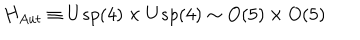
LaTeX: H _ { A u t } \equiv U s p ( 4 ) \times U s p ( 4 ) \sim O ( 5 ) \times O ( 5 )